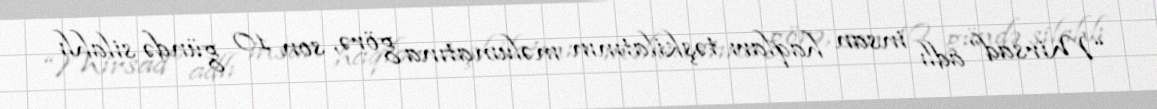
“Mirsad” adlı insan haqları təşkilatının məlumatına görə, son 10 gündə silahlı